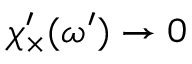
{ \chi _ { \times } ^ { \prime } } ( \omega ^ { \prime } ) \rightarrow 0